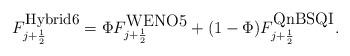
LaTeX: \begin{align*} F_{j+\frac{1}{2}}^{\mbox{\small Hybrid6}}=\Phi F_{j+\frac{1}{2}}^{\mbox{WENO5}}+(1-\Phi) F_{j+\frac{1}{2}}^{\mbox{QnBSQI}}.\end{align*}